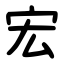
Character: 宏